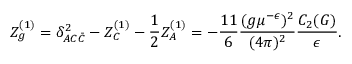
Z _ { g } ^ { ( 1 ) } = \delta _ { A C \bar { C } } ^ { 2 } - Z _ { C } ^ { ( 1 ) } - \frac 1 2 Z _ { A } ^ { ( 1 ) } = - \frac { 1 1 } 6 \frac { ( g \mu ^ { - \epsilon } ) ^ { 2 } } { ( 4 \pi ) ^ { 2 } } \frac { C _ { 2 } ( G ) } { \epsilon } .